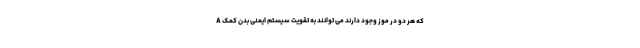
A که هر دو در موز وجود دارند می توانند به تقویت سیستم ایمنی بدن کمک